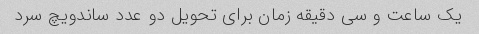
یک ساعت و سی دقیقه زمان برای تحویل دو عدد ساندویچ سرد